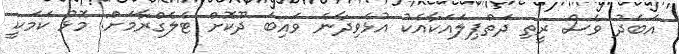
އަބަދު ވެސް ރީތި ދަތްޕިލައަކާއެކު އުޅެވިދާނެ ވައިބަ ދޫކޮށް ޓެލެގްރާމަށް: މޮޅު ކަމަކީ